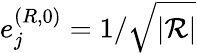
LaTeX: e_{j}^{(R,0)}=1/\sqrt{|{\cal R}|}